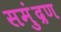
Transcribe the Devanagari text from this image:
समुंद्रण